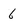
Character: 6